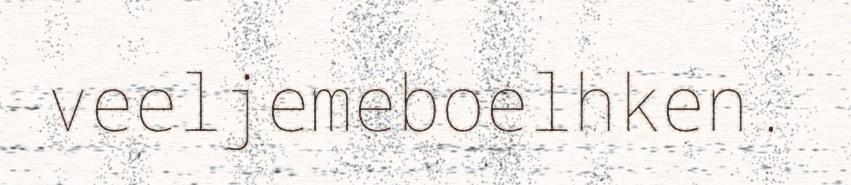
veeljemeboelhken.